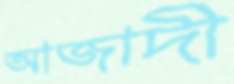
আজাদী